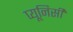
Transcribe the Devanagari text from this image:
प्यूनिसी